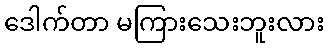
ဒေါက်တာ မကြားသေးဘူးလား